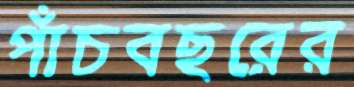
পাঁচবছরের